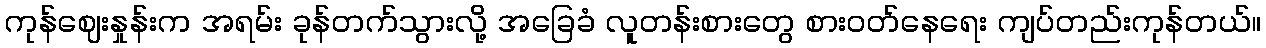
ကုန်ဈေးနှုန်းက အရမ်း ခုန်တက်သွားလို့ အခြေခံ လူတန်းစားတွေ စားဝတ်နေရေး ကျပ်တည်းကုန်တယ်။